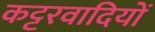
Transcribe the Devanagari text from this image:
कट्टरवादियों